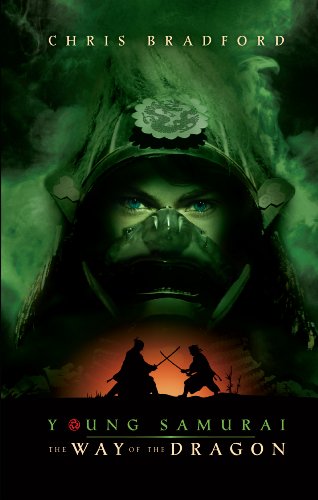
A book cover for Young Samurai: The Way Of The Dragon; Chris Bradford; Teen & Young Adult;